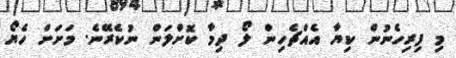
މި ފިރިހެނުން ކިޔާ އެއްޗެހިން ލޯ ދިމާ ކޮށްލަން ނުކެރޭނެ. މަށަށް ހެޔޯ